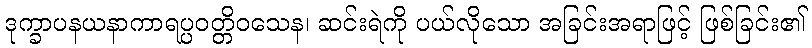
ဒုက္ခာပနယနာကာရပ္ပဝတ္တိဝသေန၊ ဆင်းရဲကို ပယ်လိုသော အခြင်းအရာဖြင့် ဖြစ်ခြင်း၏